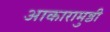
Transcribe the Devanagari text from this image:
आकारामुष्ठी